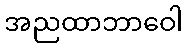
အညထာဘာဝေါ